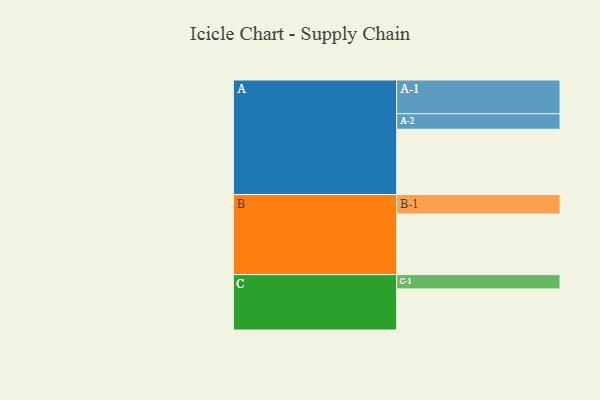
{"axis": {"x": "Segment", "y": "Value"}, "legend": ["", "A", "B", "C"], "data": [{"x": "A", "y": 524, "type": ""}, {"x": "B", "y": 488, "type": ""}, {"x": "C", "y": 330, "type": ""}, {"x": "A-1", "y": 271, "type": "A"}, {"x": "A-2", "y": 125, "type": "A"}, {"x": "B-1", "y": 156, "type": "B"}, {"x": "C-1", "y": 115, "type": "C"}]}